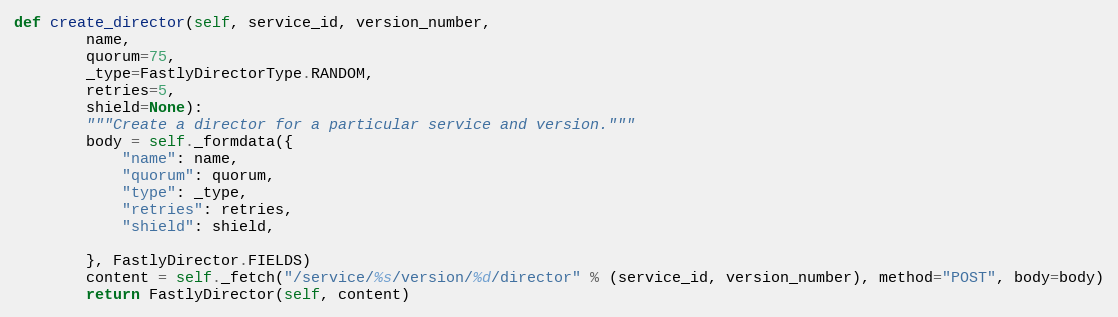
Language: Python
def create_director(self, service_id, version_number,
		name,
		quorum=75,
		_type=FastlyDirectorType.RANDOM,
		retries=5,
		shield=None):
		"""Create a director for a particular service and version."""
		body = self._formdata({
			"name": name,
			"quorum": quorum,
			"type": _type,
			"retries": retries,
			"shield": shield,

		}, FastlyDirector.FIELDS)
		content = self._fetch("/service/%s/version/%d/director" % (service_id, version_number), method="POST", body=body)
		return FastlyDirector(self, content)